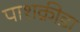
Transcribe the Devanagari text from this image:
पाशक्रीडा